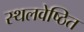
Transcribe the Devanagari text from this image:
स्थलवेष्ठित